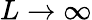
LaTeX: L\to\infty